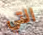
التي